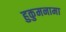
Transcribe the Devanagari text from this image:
हुकुमनामा